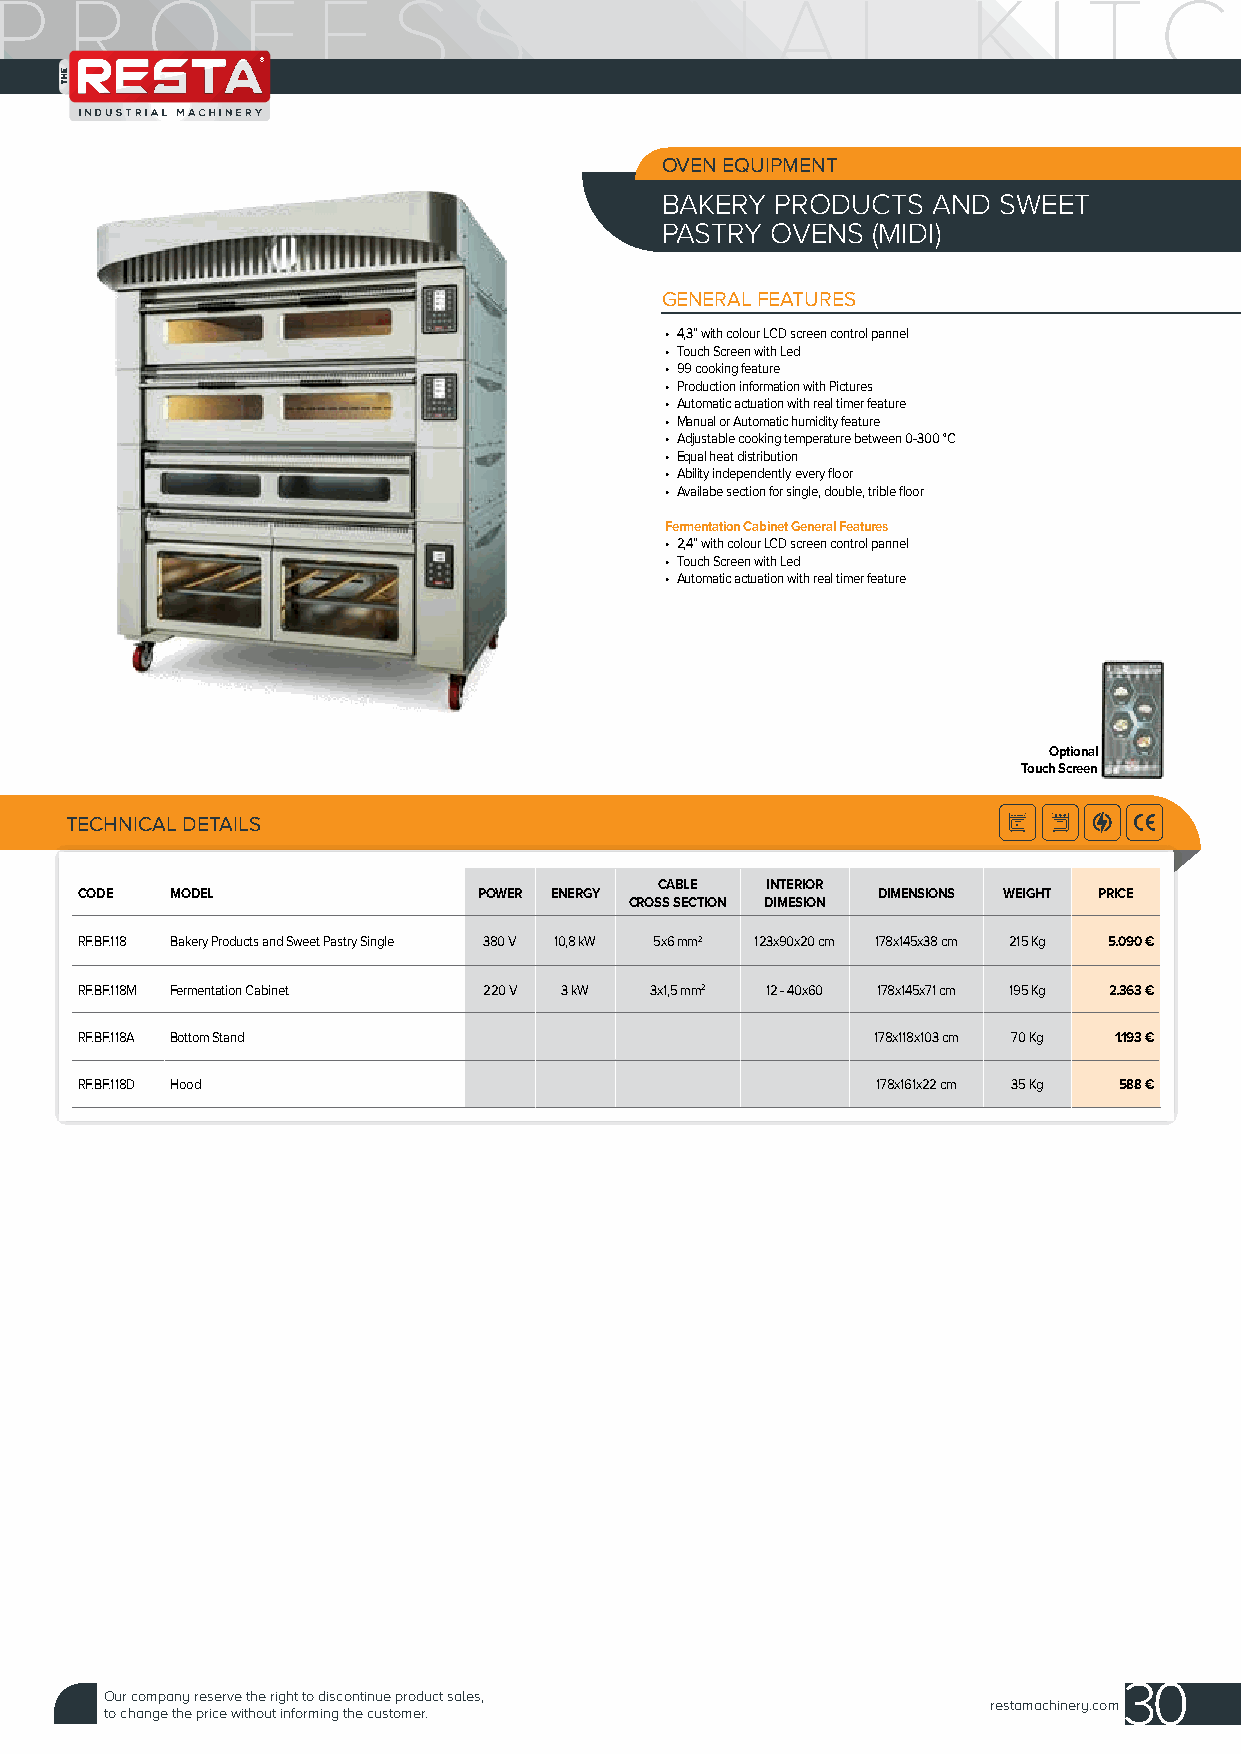
OVEN EQUIPMENT
 BAKERY PRODUCTS   AND SWEET
 PASTRY OVENS  (MIDI)
 GENERAL FEATURES
 • 4,3” with colour LCD screen control pannel
 • Touch Screen with Led
 • 99 cooking feature
 • Production information with Pictures
 • Automatic actuation with real timer feature
 • Manual or Automatic humidity feature
 • Adjustable cooking temperature between 0-300 °C
 • Equal heat distribution
 • Ability independently every floor
 • Availabe section for single, double, trible floor
 Fermentation Cabinet General Features
 • 2,4” with colour LCD screen control pannel
 • Touch Screen with Led
 • Automatic actuation with real timer feature
 Optional
 Touch Screen
 TECHNICAL DETAILS
 CABLE  INTERIOR
 CODE  MODEL                POWER ENERGY              DIMENSIONS WEIGHT PRICE
 CROSS SECTION DIMESION
 RF.BF.118 Bakery Products and Sweet Pastry Single 380 V 10,8 kW 5x6 mm2 123x90x20 cm 178x145x38 cm 215 Kg 5.090 €
 RF.BF.118M Fermentation Cabinet 220 V 3 kW 3x1,5 mm2 12 - 40x60 178x145x71 cm 195 Kg 2.363 €
 RF.BF.118A Bottom Stand                              178x118x103 cm 70 Kg 1.193 €
 RF.BF.118D Hood                                      178x161x22 cm 35 Kg 588 €
 30
 Our company reserve the right to discontinue product sales,
 restamachinery.com
 to change the price without informing the customer.